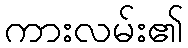
ကားလမ်း၏